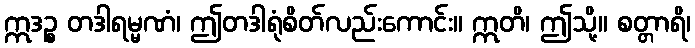
ဣဒဉ္စ တဒါရမ္မဏံ၊ ဤတဒါရုံစိတ်လည်းကောင်း။ ဣတိ၊ ဤသို့။ စတ္တာရိ၊